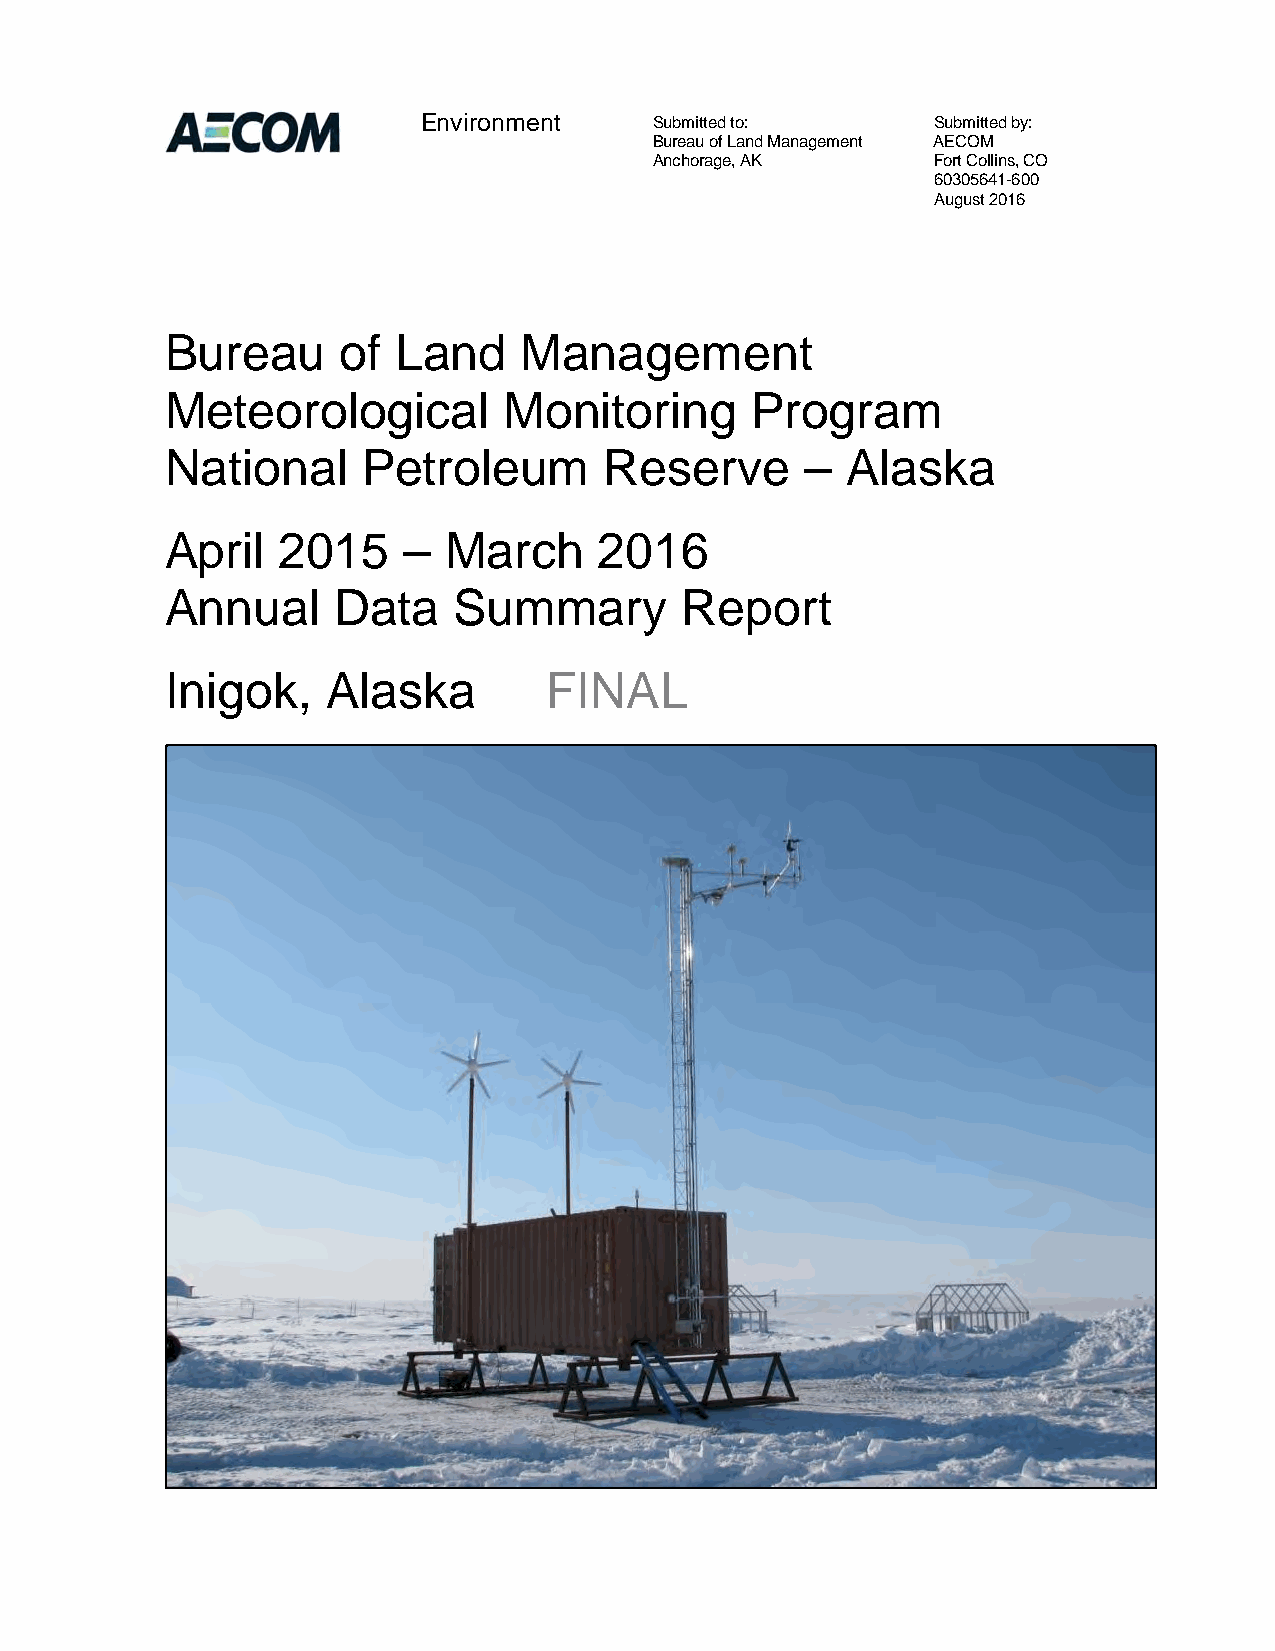
Environment    Submitted to:      Submitted by:
 Bureau of Land Management AECOM
 Anchorage, AK      Fort Collins, CO
 60305641-600
 August 2016
 Bureau      of Land    Management
 Meteorological        Monitoring       Program
 National     Petroleum       Reserve      –  Alaska
 April  2015     – March      2016
 Annual     Data    Summary        Report
 Inigok,    Alaska        FINAL